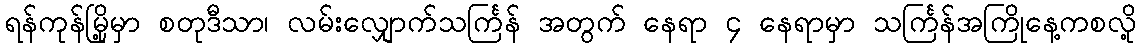
ရန်ကုန်မြို့မှာ စတုဒီသာ၊ လမ်းလျှောက်သင်္ကြန် အတွက် နေရာ ၄ နေရာမှာ သင်္ကြန်အကြိုနေ့ကစလို့